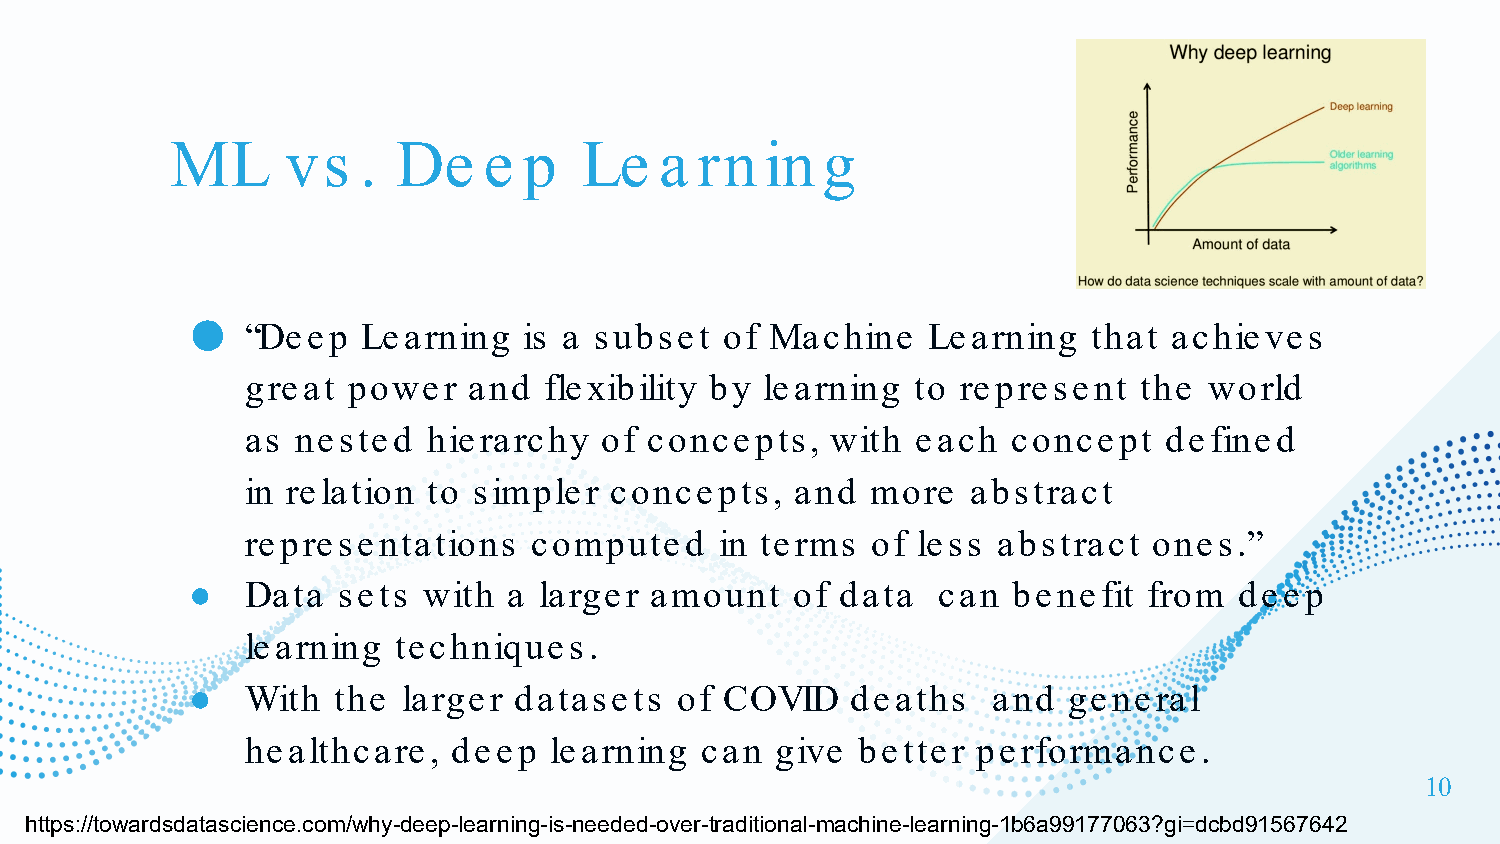
ML      vs   . De    e  p   Le   a rn   in g
 ●
 “Deep   Learning   is a subset  of Machine    Learning  that  achieves
 great  power   and  flexibility by learning  to represent  the  world
 as  nested  hierarchy   of concepts,   with  each  concept   defined
 in relation to simpler  concepts,    and  more  abstract
 representations    computed     in terms  of less abstract  ones.”
 ●  Data  sets  with  a larger amount   of  data  can  benefit  from  deep
 learning  techniques.
 ●  With  the  larger datasets   of COVID   deaths    and  general
 healthcare,   deep  learning  can  give  better  performance.
 10
 https://towardsdatascience.com/why-deep-learning-is-needed-over-traditional-machine-learning-1b6a99177063?gi=dcbd91567642